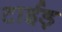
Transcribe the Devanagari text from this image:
टाईड़